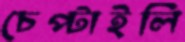
চেপ্‌টাইলি